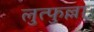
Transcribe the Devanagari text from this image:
लुत्फुल्ला